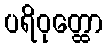
ပရိဝုတ္ထော